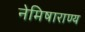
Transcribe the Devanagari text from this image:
नेमिषाराण्य